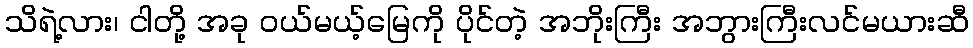
သိရဲ့လား၊ ငါတို့ အခု ဝယ်မယ့်မြေကို ပိုင်တဲ့ အဘိုးကြီး အဘွားကြီးလင်မယားဆီ